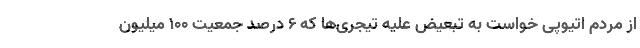
از مردم اتیوپی خواست به تبعیض علیه تیجری‌ها که 6 درصد جمعیت 100 میلیون